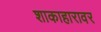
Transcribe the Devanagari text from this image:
शाकाहारावर